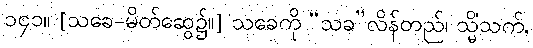
၁၄၁။ [သခေ-မိတ်ဆွေ၌။] သခေကို “သခ”လိန်တည်၊ သ္မိံသက်,